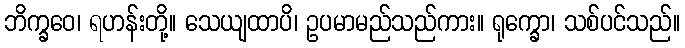
ဘိက္ခဝေ၊ ရဟန်းတို့။ သေယျထာပိ၊ ဥပမာမည်သည်ကား။ ရုက္ခော၊ သစ်ပင်သည်။